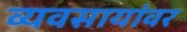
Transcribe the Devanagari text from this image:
व्यवसायांवर